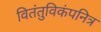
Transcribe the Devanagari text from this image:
वितंतुविकंपनित्र